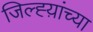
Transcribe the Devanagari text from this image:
जिल्ह्य़ांच्या